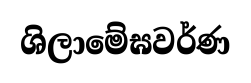
ශිලාමේඝවර්ණ